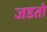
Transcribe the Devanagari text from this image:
जडतो